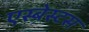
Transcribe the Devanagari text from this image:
एस्‍बेस्‍टस